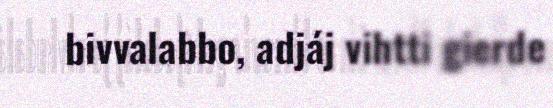
bivvalabbo, adjáj vihtti gierde